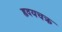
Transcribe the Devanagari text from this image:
हृदयचक्र